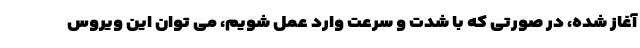
آغاز شده، در صورتی که با شدت و سرعت وارد عمل شویم، می توان این ویروس